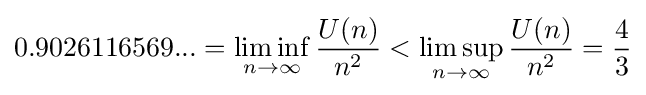
0.9026116569...=\liminf _{n\to \infty }{\frac {U(n)}{n^{2}}}<\limsup _{n\to \infty }{\frac {U(n)}{n^{2}}}={\frac {4}{3}}